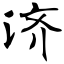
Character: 济